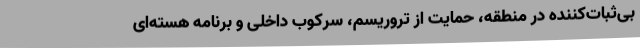
بی‌ثبات‌کننده در منطقه، حمایت از تروریسم، سرکوب داخلی و برنامه هسته‌ای